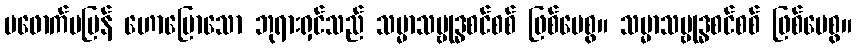
မဖောက်မပြန် ဟောပြောသော ဘုရားရှင်သည် သမ္မာသမ္ဗုဒ္ဓစင်စစ် ဖြစ်ပေစွ။ သမ္မာသမ္ဗုဒ္ဓစင်စစ် ဖြစ်ပေစွ။